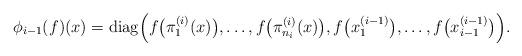
LaTeX: \begin{align*}\phi_{i-1}(f)(x)=\mathrm{diag}\Big(f\big(\pi_1^{(i)}(x)\big),\dots,f\big(\pi_{n_i}^{(i)}(x)\big),f\big(x_1^{(i-1)}\big),\dots,f\big(x_{i-1}^{(i-1)}\big)\Big).\end{align*}